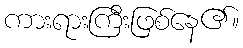
ကားရားကြီးဖြစ်နေ၏။